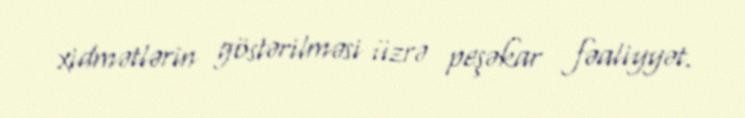
xidmətlərin göstərilməsi üzrə peşəkar fəaliyyət.